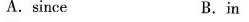
A. since B. in